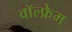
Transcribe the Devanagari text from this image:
वॉल्फ्रेम